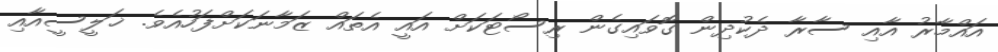
އައްމާރު އާއި ސާރާ ދެކުދިން ގޮވައިގެން ރިސޯޓަކަށް އައީ އެތައް ޒަމާނަކަށްފަހުއެވެ. ޚަލީސީއާއި